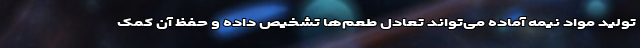
تولید مواد نیمه آماده می‌تواند تعادل طعم‌ها تشخیص داده و حفظ آن کمک